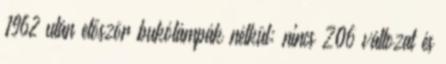
1962 után először bukólámpák nélkül; nincs Z06 változat és